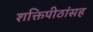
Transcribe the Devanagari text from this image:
शक्तिपीठांसह